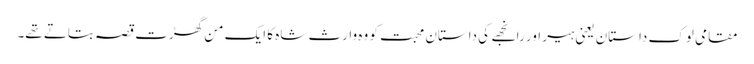
مقامی لوک داستان یعنی ہیر اور رانجھے کی داستان محبت کو وہ وارث شاہ کا ایک من گھڑت قصہ بتاتے تھے۔